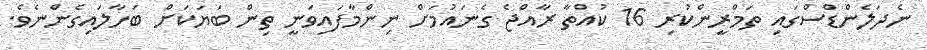
ނެދަލެންޑްސްގައި ތަމްރީންކުރި 16 ކުއްތާ ރާއްޖެ ގެނައުމަށް ނިންމާފައިވަނީ ތިން ބަޔަކަށް ބަހާލައިގެންނެވެ.